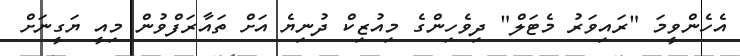
އެހެންވީމަ "ރައިވަރު މެޓަލް" ދިވެހިންގެ މިއުޒިކް ދުނިޔެ އަށް ތައާރަފްވުން މިއީ ޔަގީނަށް